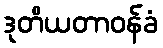
ဒုတိယတာဝန်ခံ